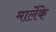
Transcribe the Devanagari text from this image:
मार्लेके